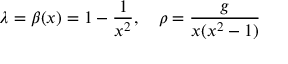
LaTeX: \lambda = \beta ( x ) = 1 - { \frac { 1 } { x ^ { 2 } } } , \quad \rho = { \frac { g } { x ( x ^ { 2 } - 1 ) } }